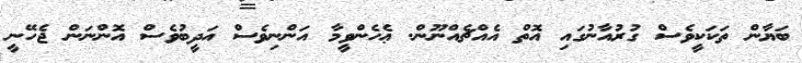
ބަޔާން ތަކަކީވެސް ގުރުއާނުގައި އޮތް އެއްޗެއްނޫން. ޢެހެންވީމާ އަންނިވެސް އަދީބުވެސް އޮންނަން ޖެހޭނީ